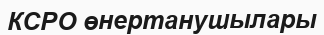
КСРО өнертанушылары